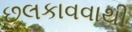
છલકાવવાથી